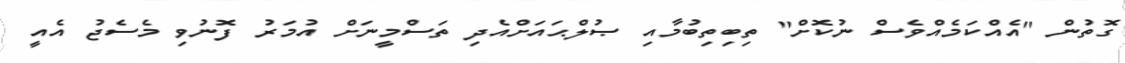
ގޮތުން "އެއްކަމެއްވެސް ނުކޮށް" ތިބިތިބުމާއި ޞުލްޙައަށްއެދި ތަސްމީނަށް އުމަރު ފޮނުވި މެސެޖު އެއީ